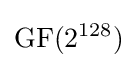
{\text{GF}}(2^{128})